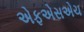
એફએસએચ